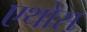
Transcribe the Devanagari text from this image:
एथोस